Indian journal of veterinary science and animal husbandry - Volumes 18-21, 1948-1951
Year: 1948
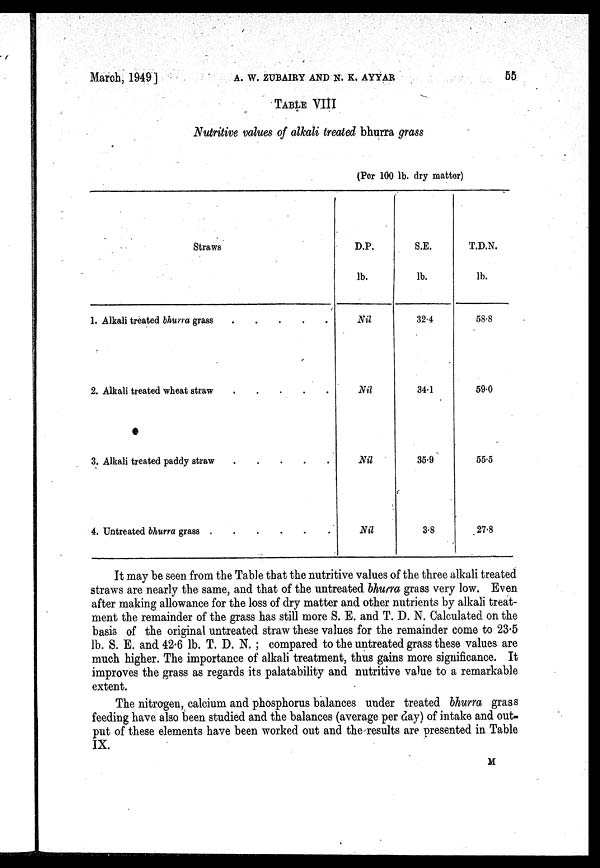
March, 1949]
A.
W.
ZUBAIRY
AND
N.
K.
AYYAR
55
TABLE VIII
Nutritive values of alkali treated bhurra grass
Straws
1. Alkali treated bhurra grass
.
.
.
.
2. Alkali treated wheat straw . . . .
3. Alkali treated paddy straw
.
.
.
.
4. Untreated bhurra . . . . . . .
(Per 100 lb. dry matter)
D.P.
lb.
Nil
Nil
Nil
Nil
S.E.
lb.
32.4
34.1
35.9
3.8
T.D.N.
lb.
58.8
59.0
55.5
27.8
It may be seen from the Table that the nutritive values of the three alkali treated
straws are nearly the same, and that of the untreated bhurra grass very low. Even
after making allowance for the loss of dry matter and other nutrients by alkali treat-
ment the remainder of the grass has still more S. E. and T. D. N. Calculated on the
basis of the original untreated straw these values for the remainder come to 23.5
lb. S. E. and 42.6 lb. T. D. N.; compared to the untreated grass these values are
much higher. The importance of alkali treatment, thus gains more significance. It
improves the grass as regards its palatability and nutritive value to a remarkable
extent.
The nitrogen, calcium and phosphorus balances under treated bhurra grass
feeding have also been studied and the balances (average per day) of intake and out-
put of these elements have been worked out and the results are presented in Table
IX.
M